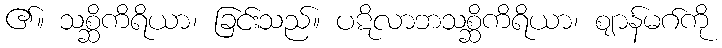
၏။ သစ္ဆိကိရိယာ၊ ခြင်းသည်။ ပဋိလာဘသစ္ဆိကိရိယာ၊ ဈာန်မဂ်ကို